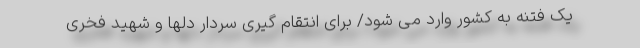
یک فتنه به کشور وارد می شود/ برای انتقام گیری سردار دلها و شهید فخری